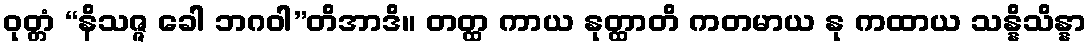
ဝုတ္တံ “နိသဇ္ဇ ခေါ ဘဂဝါ”တိအာဒိ။ တတ္ထ ကာယ နုတ္ထာတိ ကတမာယ နု ကထာယ သန္နိသိန္နာ